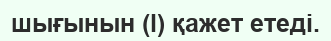
шығынын (l) қажет етеді.